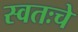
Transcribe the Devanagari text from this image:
स्वतःचे